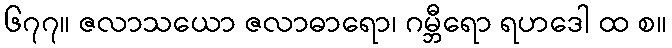
၆၇၇။ ဇလာသယော ဇလာဓာရော၊ ဂမ္ဘီရော ရဟဒေါ ထ စ။